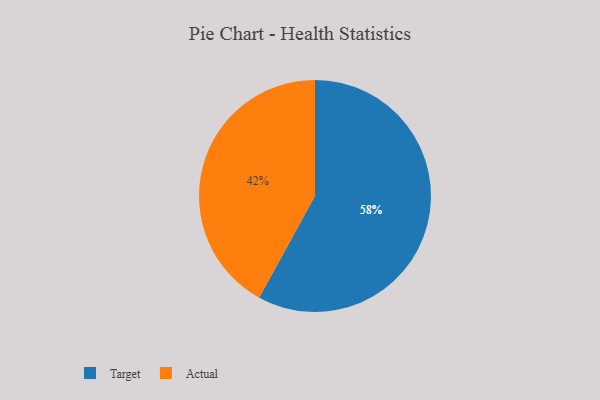
{"axis": {"x": "Category", "y": "Percentage"}, "legend": ["Actual", "Target"], "data": [{"x": "Target", "y": 58, "type": "Target"}, {"x": "Actual", "y": 42, "type": "Actual"}]}